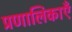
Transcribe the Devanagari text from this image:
प्रणालिकाएँ